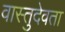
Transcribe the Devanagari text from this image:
वास्तुदेवता